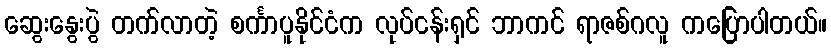
ဆွေးနွေးပွဲ တက်လာတဲ့ စင်္ကာပူနိုင်ငံက လုပ်ငန်းရှင် ဘာကင် ရာဇစ်ဂလူ ကပြောပါတယ်။